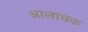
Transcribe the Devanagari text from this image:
आलाचक